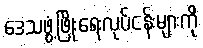
ဒေသဖွံ့ဖြိုးရေးလုပ်ငန်းများကို